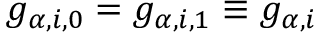
g _ { \alpha , i , 0 } = g _ { \alpha , i , 1 } \equiv g _ { \alpha , i }